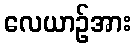
လေယာဉ်အား